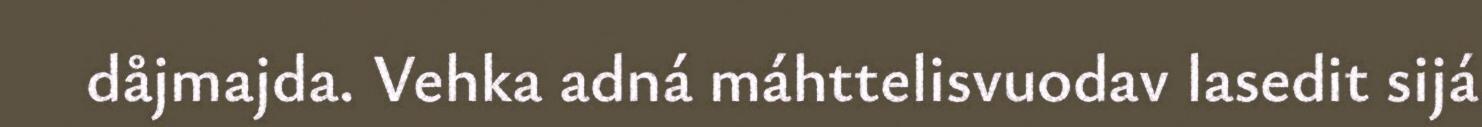
dåjmajda. Vehka adná máhttelisvuodav lasedit sijá